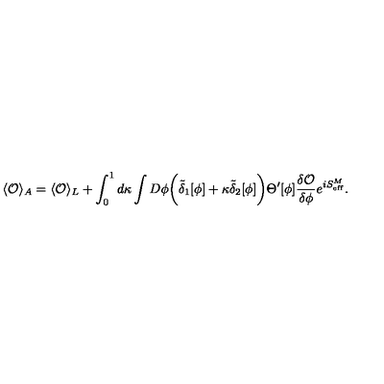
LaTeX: \langle { \cal O } \rangle _ { A } = \langle { \cal O } \rangle _ { L } + \int _ { 0 } ^ { 1 } d \kappa \int D \phi \biggl ( \tilde { \delta } _ { 1 } [ \phi ] + \kappa \tilde { \delta } _ { 2 } [ \phi ] \biggr ) \Theta ^ { \prime } [ \phi ] { \frac { \delta { \cal O } } { \delta \phi } } e ^ { i S _ { \mathrm { e f f } } ^ { M } } .